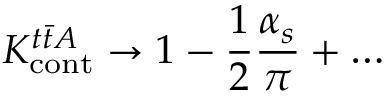
K _ { \mathrm { c o n t } } ^ { t \bar { t } A } \to 1 - \frac { 1 } { 2 } \frac { \alpha _ { s } } { \pi } + \ldots